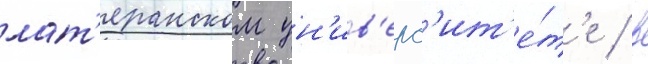
лат'еранском ун'ив'ерс'ит'е́т'е / в